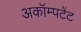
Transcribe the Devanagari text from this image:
अकॉम्पटेंट